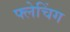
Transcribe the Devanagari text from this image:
फ्लेचिंग